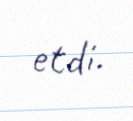
etdi.